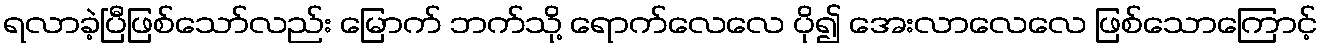
ရလာခဲ့ပြီဖြစ်သော်လည်း မြောက် ဘက်သို့ ရောက်လေလေ ပို၍ အေးလာလေလေ ဖြစ်သောကြောင့်